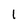
Character: 1